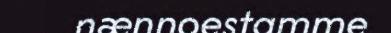
nænnoestamme